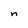
Character: n